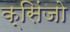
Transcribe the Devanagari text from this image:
क्सिंजो